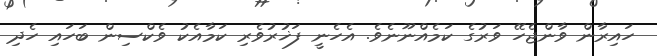
ހައިރާން ވާންޖެހޭ ވަރުގެ ކަމެއްނޫނެވެ. އެހެނީ ފަޚުރުވެރި ކަމާއެކު ވެކްސިން ބަހައި ހެދި